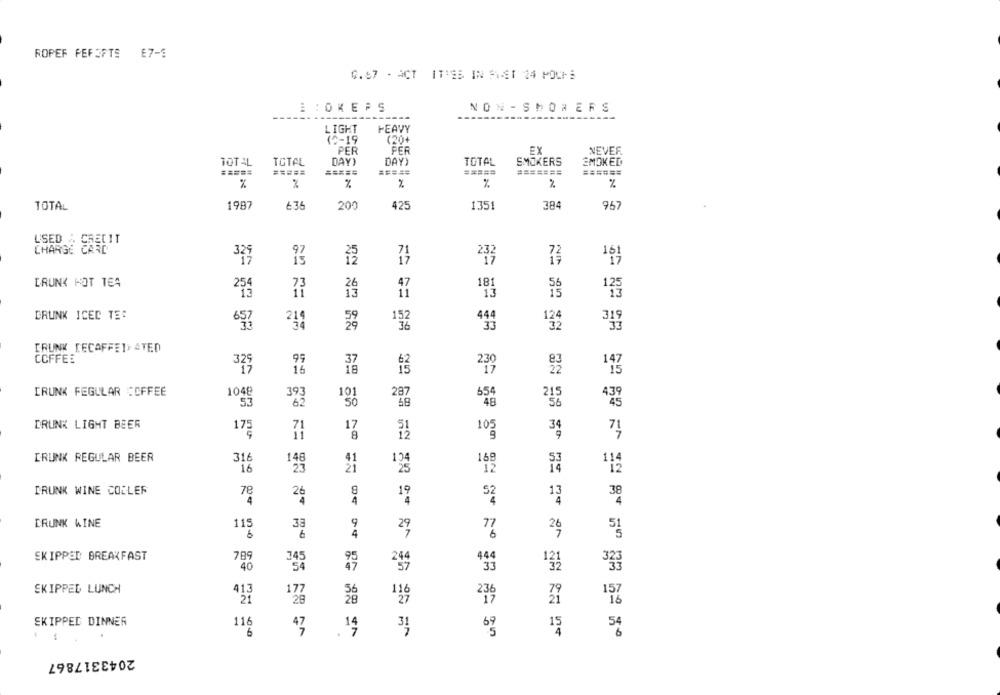
ROPEF FEFORTE E7-3
0.57 - ACT ITIES IN SWET 24 POCHE
E :OK EPS
NON - SHOREFS
LIGHT
HEAVY
(2-19
(20+
PER
PER
EX
NEVEF.
TOTAL
TOTAL
DAY)
DAY)
TOTAL
SMOKERS
SMOKED
=====
====
=====
=======
======
%
%
%
%
%
TOTAL
1987
636
200
425
1351
384
957
L'SED
CREDIT
CHARGE CARD
97
12
232
DRUNK HOT TEA
254
18
125
13
13
DRUNK ICED TE:
6.57
211
152
33
319
[RUNK [ECAFFET) ATED
COFFEE
37
83
16
15
DRUNK FEGULAR COFFEE
1048
393
101
654
215
439
53
62
48
56
45
DRUNK LIGHT BEER
17
109
175
8
DRUNK REGULAR BEER
16
16
12
12
DRUNK WINE COOLER
8
38
26
DRUNK WINE
115
33
9
51
20
4
SKIPPED BREAKFAST
78
444
121
40
294
33
SKIPPED LUNCH
413
172
236
SKIPPED DINNER
11
15
6
.
.14
2043317867